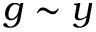
g \sim y